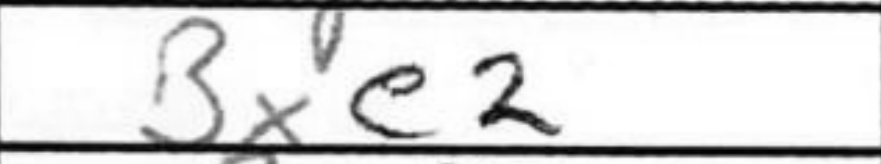
Transcription: Bxe2